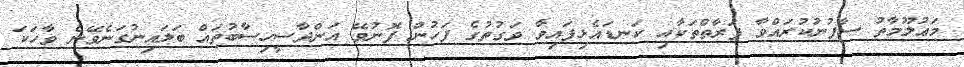
މަޢުލޫމާތު ސާފުނުކުރައްވާ ފަރާތްތަކާއި ކަނޑައެޅިފައިވާ ވަގުތުގެ ފަހުން ފޮނުވޭ އަންދާސީހިސާބުތައް ބަލައިނުގަނެވޭނެ ވާހަކަ